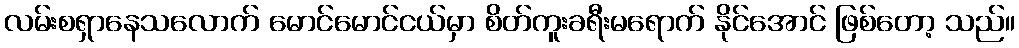
လမ်းစရှာနေသလောက် မောင်မောင်ငယ်မှာ စိတ်ကူးခရီးမရောက် နိုင်အောင် ဖြစ်တော့ သည်။